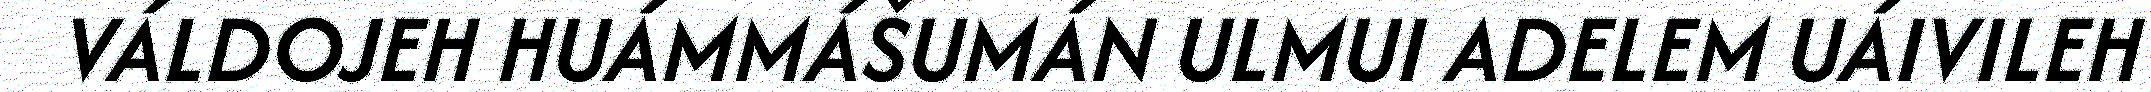
VÁLDOJEH HUÁMMÁŠUMÁN ULMUI ADELEM UÁIVILEH